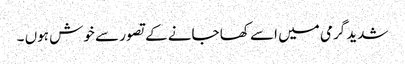
شدید گرمی میں اسے کھا جانے کے تصور سے خوش ہوں ۔